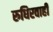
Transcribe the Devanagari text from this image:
रुधिरवाही